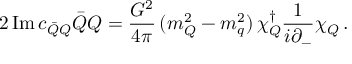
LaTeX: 2 \, \mathrm { I m } \, c _ { { \bar { Q } } Q } { \bar { Q } } Q = \frac { G ^ { 2 } } { 4 \pi } \, ( m _ { Q } ^ { 2 } - m _ { q } ^ { 2 } ) \, \chi _ { Q } ^ { \dag } \frac { 1 } { i \partial _ { - } } \chi _ { Q } \, .